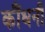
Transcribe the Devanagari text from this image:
कौंधनी